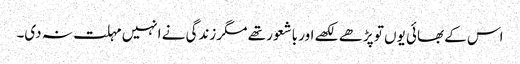
اس کے بھائی یوں تو پڑھے لکھے اور باشعور تھے مگر زندگی نے انہیں مہلت نہ دی۔